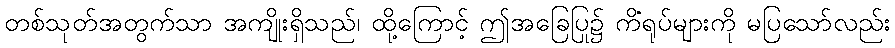
တစ်သုတ်အတွက်သာ အကျိုးရှိသည်၊ ထို့ကြောင့် ဤအခြေပြု၌ ကိံရုပ်များကို မပြသော်လည်း